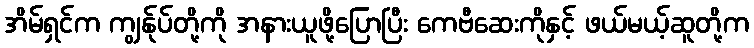
အိမ်ရှင်က ကျွန်ုပ်တို့ကို အနားယူဖို့ပြောပြီး ကေဗီဆေးကိုနှင့် ဖယ်မယ့်ဆူတို့က